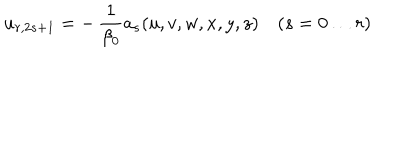
u _ { r , 2 s + 1 } = - \, \frac { 1 } { \beta _ { 0 } } a _ { s } ( u , v , w , x , y , z ) \quad ( s = 0 \ldots r )